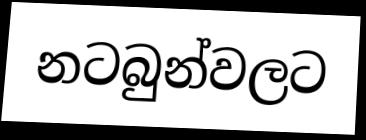
නටබුන්වලට